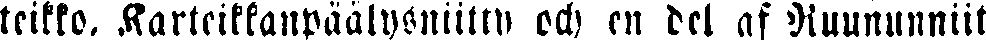
teikko. Karteikkanpäälysniitty och en del af Ruununniit